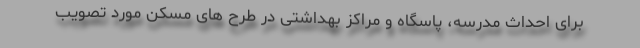
برای احداث مدرسه، پاسگاه و مراکز بهداشتی در طرح های مسکن مورد تصویب